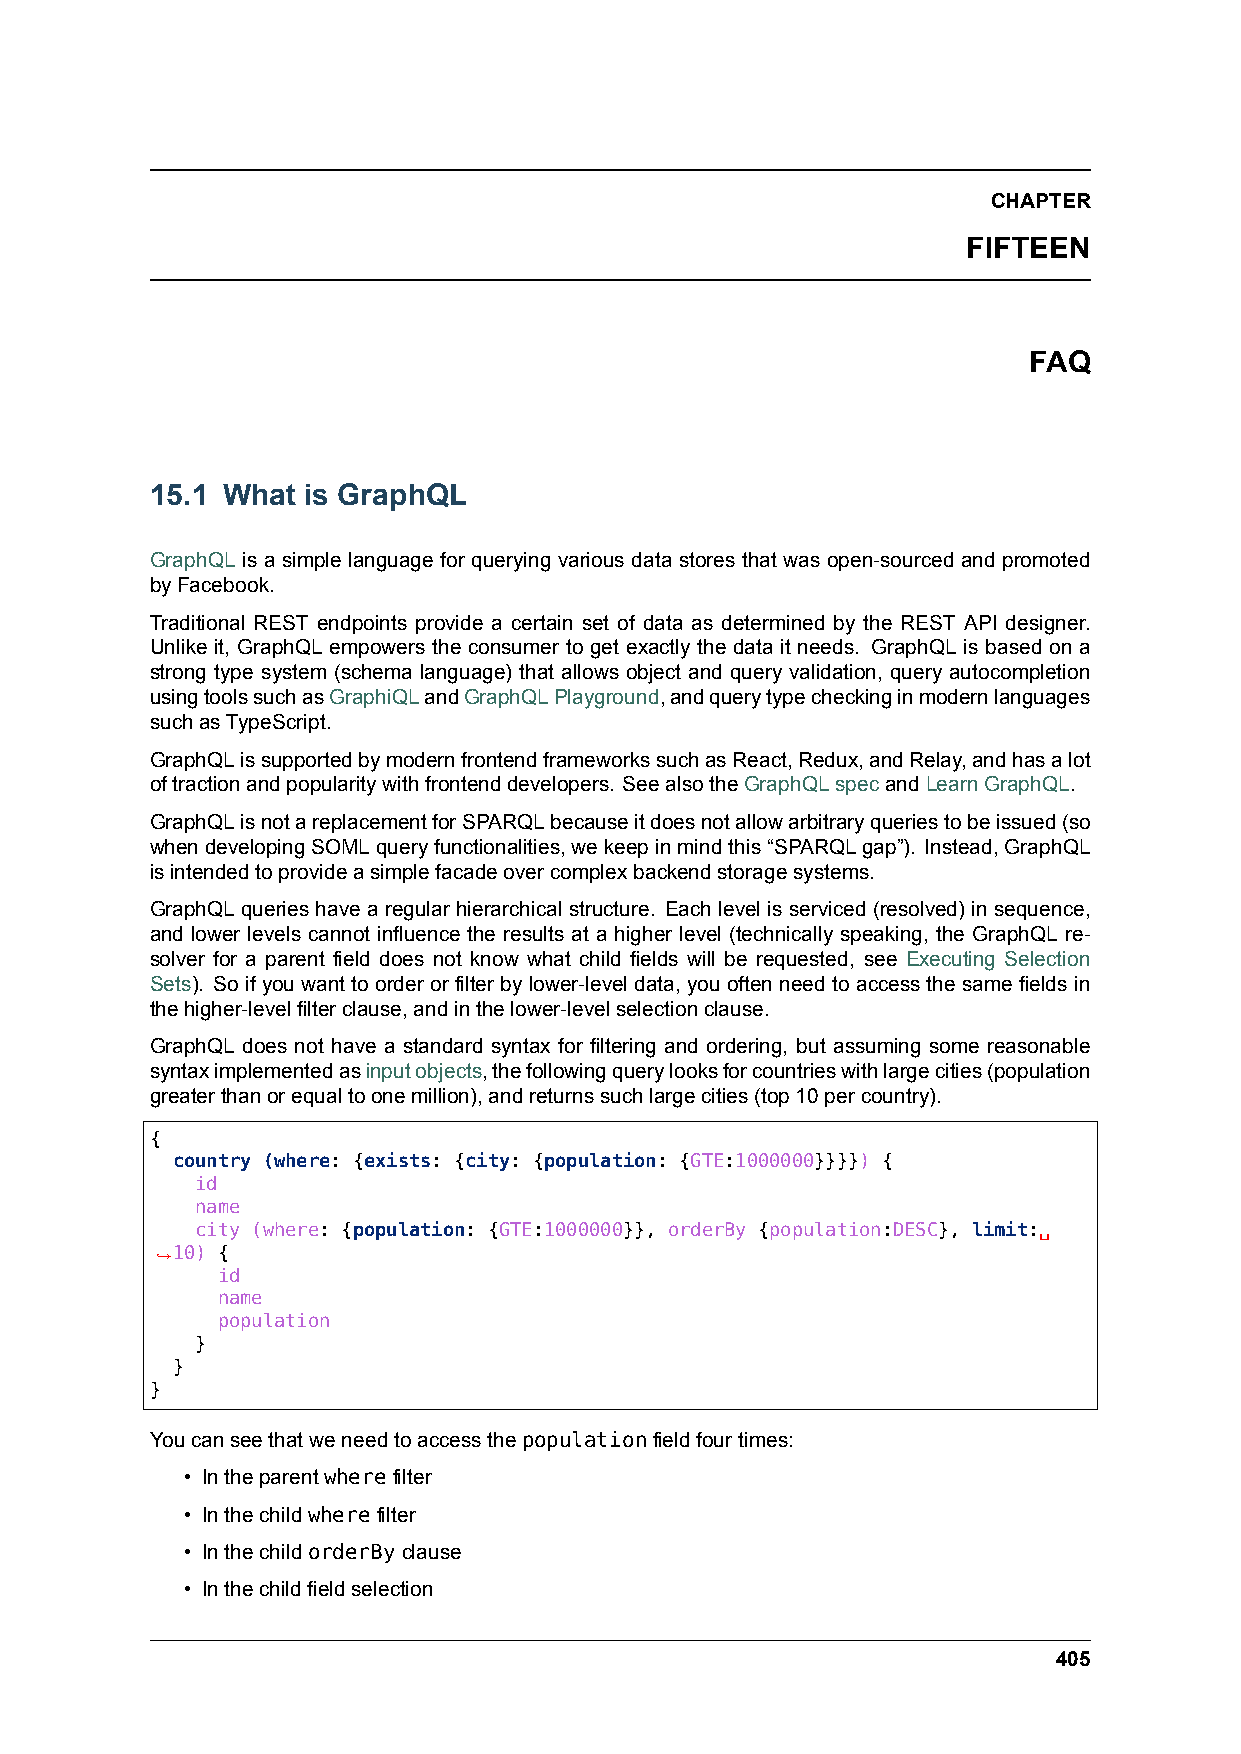
CHAPTER
 FIFTEEN
 FAQ
 15.1 What is GraphQL
 GraphQL is a simple language for querying various data stores that was open-sourced and promoted
 byFacebook.
 Traditional REST endpoints provide a certain set of data as determined by the REST API designer.
 Unlike it, GraphQL empowers the consumer to get exactly the data it needs. GraphQL is based on a
 strong type system (schema language) that allows object and query validation, query autocompletion
 usingtoolssuchasGraphiQLandGraphQLPlayground,andquerytypecheckinginmodernlanguages
 suchasTypeScript.
 GraphQLissupportedbymodernfrontendframeworkssuchasReact,Redux,andRelay,andhasalot
 oftractionandpopularitywithfrontenddevelopers. SeealsotheGraphQLspecandLearnGraphQL.
 GraphQLisnotareplacementforSPARQLbecauseitdoesnotallowarbitraryqueriestobeissued(so
 whendevelopingSOMLqueryfunctionalities,wekeepinmindthis“SPARQLgap”). Instead,GraphQL
 isintendedtoprovideasimplefacadeovercomplexbackendstoragesystems.
 GraphQL queries have a regular hierarchical structure. Each level is serviced (resolved) in sequence,
 and lower levels cannot influence the results at a higher level (technically speaking, the GraphQL re-
 solver for a parent field does not know what child fields will be requested, see Executing Selection
 Sets). So if you want to order or filter by lower-level data, you often need to access the same fields in
 thehigher-levelfilterclause,andinthelower-levelselectionclause.
 GraphQL does not have a standard syntax for filtering and ordering, but assuming some reasonable
 syntaximplementedasinputobjects,thefollowingquerylooksforcountrieswithlargecities(population
 greaterthanorequaltoonemillion),andreturnssuchlargecities(top10percountry).
 {
 country (where: {exists: {city: {population: {GTE:1000000}}}}) {
 id
 name
 city (where: {population: {GTE:1000000}}, orderBy {population:DESC}, limit:␣
 ,→10) {
 id
 name
 population
 }
 }
 }
 Youcanseethatweneedtoaccessthepopulationfieldfourtimes:
 • Intheparentwherefilter
 • Inthechildwherefilter
 • InthechildorderByclause
 • Inthechildfieldselection
 405